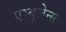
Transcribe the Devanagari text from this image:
एम्बूलेन्स